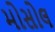
મોસોલ